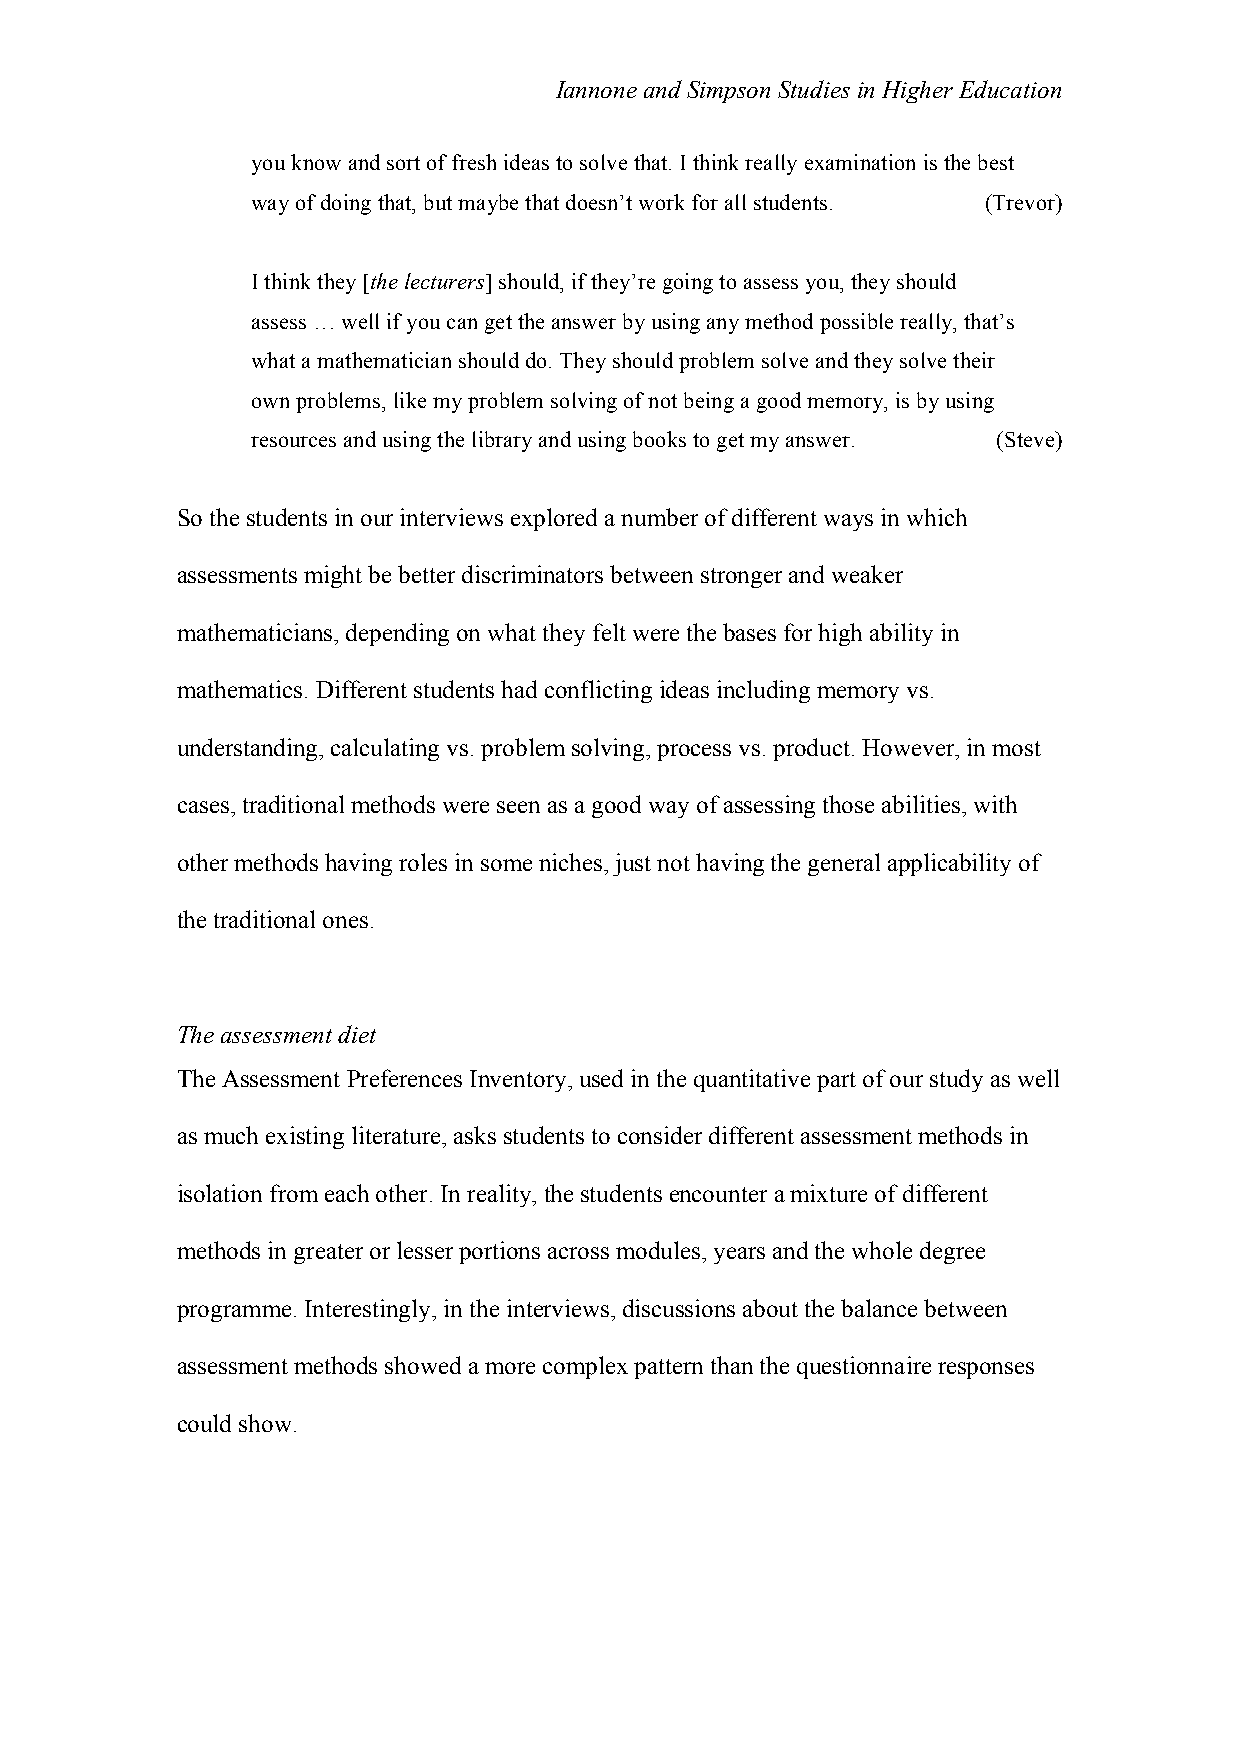
Iannone and Simpson Studies in Higher Education
 you know and sort of fresh ideas to solve that. I think really examination is the best
 way of doing that, but maybe that doesn’t work for all students. (Trevor)
 I think they [the lecturers] should, if they’re going to assess you, they should
 assess … well if you can get the answer by using any method possible really, that’s
 what a mathematician should do. They should problem solve and they solve their
 own problems, like my problem solving of not being a good memory, is by using
 resources and using the library and using books to get my answer. (Steve)
 So the students in our interviews explored a number of different ways in which
 assessments might be better discriminators between stronger and weaker
 mathematicians, depending on what they felt were the bases for high ability in
 mathematics. Different students had conflicting ideas including memory vs.
 understanding, calculating vs. problem solving, process vs. product. However, in most
 cases, traditional methods were seen as a good way of assessing those abilities, with
 other methods having roles in some niches, just not having the general applicability of
 the traditional ones.
 The assessment diet
 The Assessment Preferences Inventory, used in the quantitative part of our study as well
 as much existing literature, asks students to consider different assessment methods in
 isolation from each other. In reality, the students encounter a mixture of different
 methods in greater or lesser portions across modules, years and the whole degree
 programme. Interestingly, in the interviews, discussions about the balance between
 assessment methods showed a more complex pattern than the questionnaire responses
 could show.